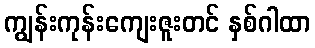
ကျွန်းကုန်းကျေးဇူးတင် နှစ်ဂါထာ